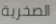
الصخرية